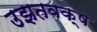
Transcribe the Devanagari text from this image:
उझतवक्ष